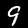
Digit: 9